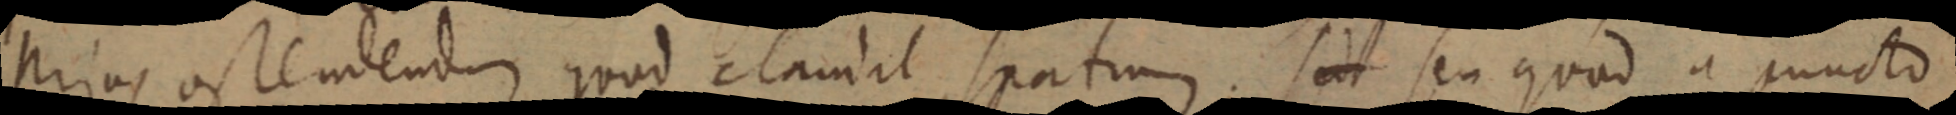
prius ostendendum quod claudit spatium. sed seu quod a puncto